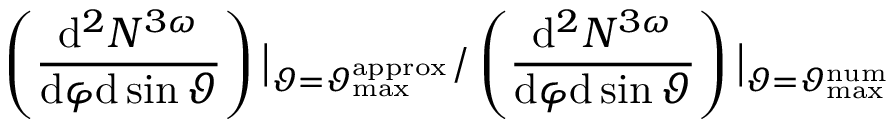
\left( \frac { \mathrm { d } ^ { 2 } N ^ { 3 \omega } } { \mathrm { d } \varphi \mathrm { d } \sin \vartheta } \right) \big | _ { \vartheta = \vartheta _ { \mathrm { m a x } } ^ { \mathrm { a p p r o x } } } / \left( \frac { \mathrm { d } ^ { 2 } N ^ { 3 \omega } } { \mathrm { d } \varphi \mathrm { d } \sin \vartheta } \right) \big | _ { \vartheta = \vartheta _ { \mathrm { m a x } } ^ { \mathrm { n u m } } }